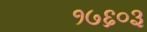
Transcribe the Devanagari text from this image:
१७६०३